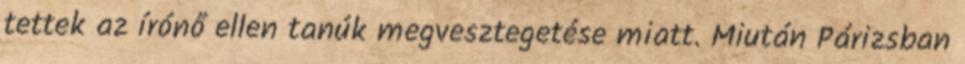
tettek az írónő ellen tanúk megvesztegetése miatt. Miután Párizsban